Civil Veterinary Department Bengal reports 1933-51 - 1933-1951
Year: 1933
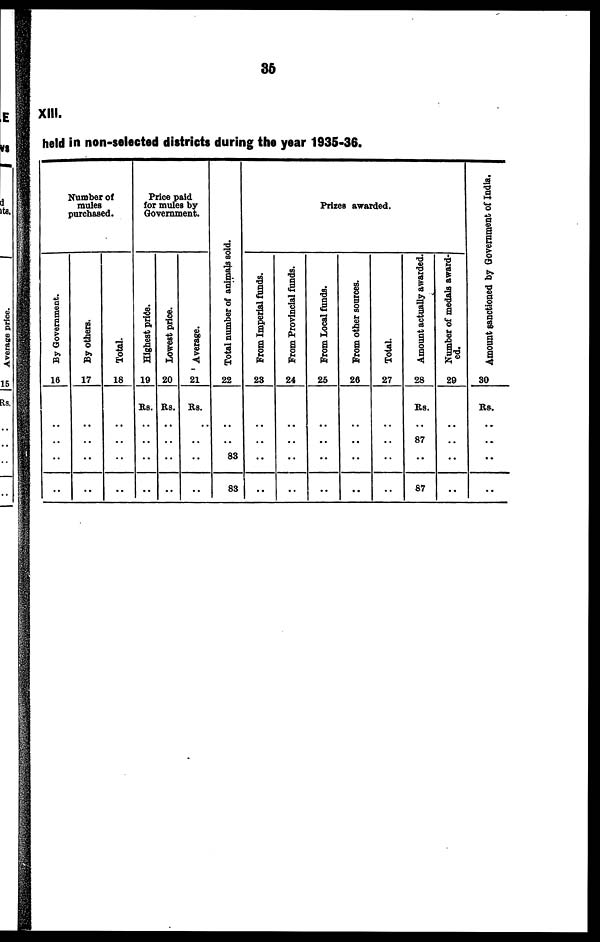
35
XIII.
held in non-selected districts during the year 1935-36.
Number of
mules
purchased.
By Government.
16
..
..
..
..
By others.
17
..
..
..
..
Total.
18
..
..
..
..
Price paid
for mules by
Government.
Highest price.
19
Rs.
..
..
..
..
Lowest price.
20
Rs.
..
..
..
..
Average.
21
Rs.
..
..
..
..
Tot al number of animals sold.
22
..
..
83
83
Prizes awarded.
From Imperial funds.
23
..
..
..
..
From Provincial funds.
24
..
..
..
..
From Local funds.
25
..
..
..
..
From other sources.
26
..
..
..
..
Total.
27
..
..
..
Amount actually awarded.
28
Rs.
..
87
..
87
Number of medals award-
ed.
29
..
.. ..
..
Amount sanctioned by Government of India.
30
Rs.
..
.. ..
..